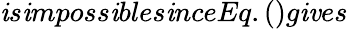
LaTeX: \mathit{i}s\mathit{i}mposs\mathit{i}bles\mathit{i}nceEq.()g\mathit{i}\mathit{v}es